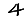
Digit: 4